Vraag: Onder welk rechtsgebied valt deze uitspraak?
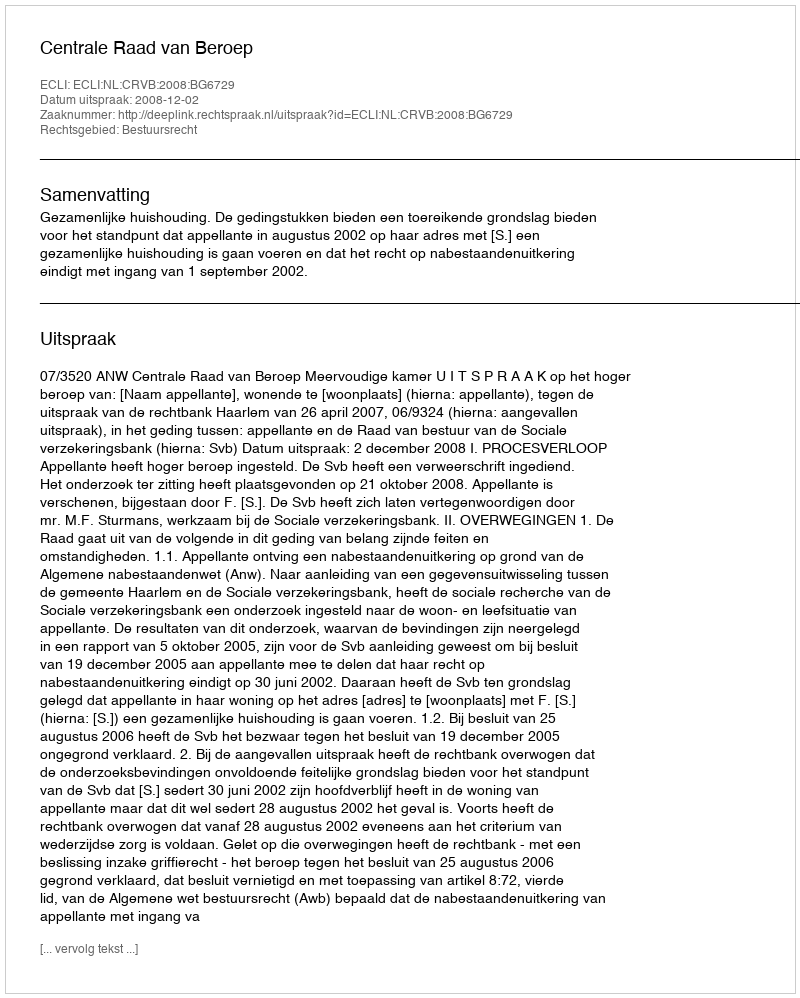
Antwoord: Bestuursrecht